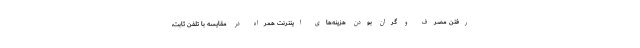
رفتن مصرف و گران بودن هزینه‌های اینترنت همراه در مقایسه با تلفن ثابت،